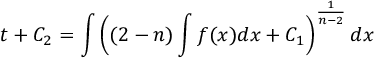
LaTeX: t + C _ { 2 } = \int \left( ( 2 - n ) \int f ( x ) d x + C _ { 1 } \right) ^ { \frac { 1 } { n - 2 } } d x